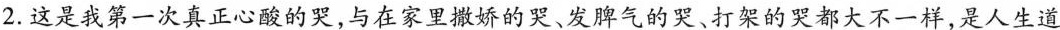
2.这是我第一次真正心酸的哭，与在家里撒娇的哭、发脾气的哭、打架的哭都大不一样，是人生道